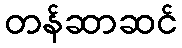
တန်ဆာဆင်